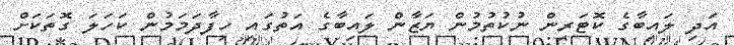
އަދި ލައިބާގެ ކޮޓަރިން ނުކުތުމުން ޔަޒާން ލައިބާގެ އަތުގައި ހިފާދަމަމުން ކަހަލަ ގޮތަކަށް